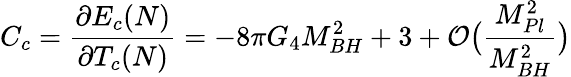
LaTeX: C_{c}=\frac{\partial E_{c}(N)}{\partial T_{c}(N)}=-8\pi G_{4}M_{BH}^{2}+3+{\cal O}\big(\frac{M_{Pl}^{2}}{M_{BH}^{2}}\big)